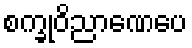
စက္ခုဝိညာဏေပေ